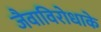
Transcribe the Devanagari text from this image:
जैवाविरोधाके